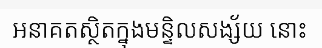
អនាគតស្ថិតក្នុងមន្ទិលសង្ស័យ នោះ